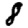
Digit: 8